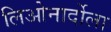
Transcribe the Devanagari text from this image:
लिओनार्दोला